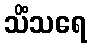
သိံသရေ